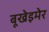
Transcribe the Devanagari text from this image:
बूखेइमेर